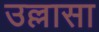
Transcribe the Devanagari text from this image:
उल्लासा